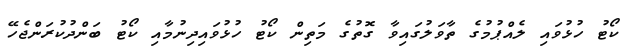
ކޯޓު ހުޅުވައި ލެއްޕުމުގެ ތާވަލުގައިވާ ގޮތުގެ މަތިން ކޯޓު ހުޅުވައިދިނުމާއި ކޯޓު ބަންދުކުރަންޖެހޭ